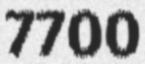
7700